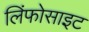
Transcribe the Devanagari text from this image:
लिंफोसाइट